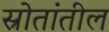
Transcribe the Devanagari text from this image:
स्रोतांतील